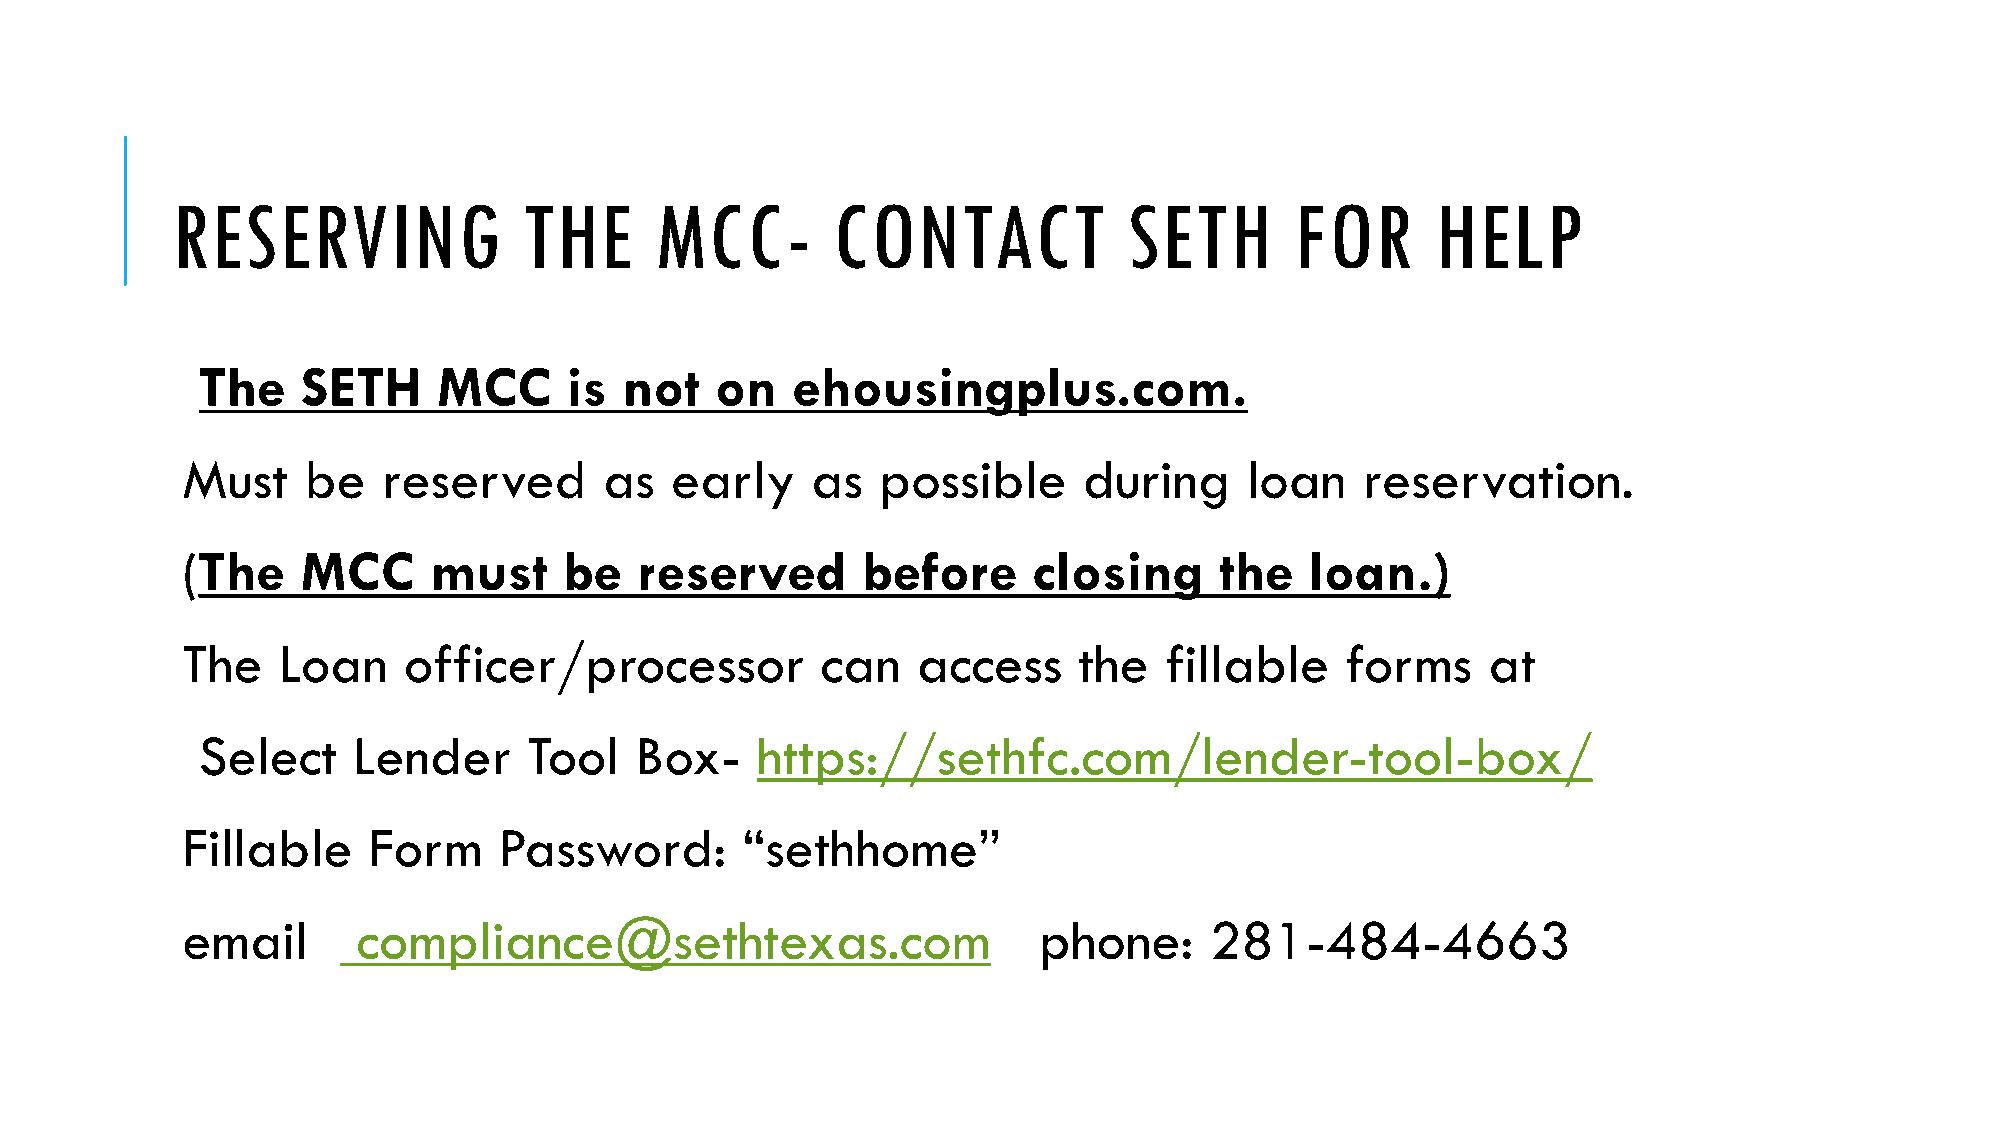
RESERVING               THE     MCC-        CONTACT             SETH       FOR      HELP
 The    SETH     MCC      is not   on   ehousingplus.com.
 Must    be   reserved       as  early     as  possible      during     loan   reservation.
 (The    MCC     must     be   reserved       before     closing      the   loan.)
 The   Loan     officer/processor          can    access    the   fillable    forms     at
 Select    Lender      Tool   Box-    https://sethfc.com/lender-tool-box/
 Fillable    Form     Password:       “sethhome”
 email       compliance@sethtexas.com                     phone:     281-484-4663